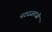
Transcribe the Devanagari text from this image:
नटराजराजो